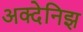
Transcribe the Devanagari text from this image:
अक्देनिझ